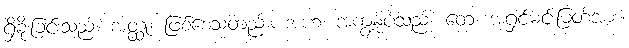
ရှိခိုးခြင်းသည်။ အတ္ထု၊ ဖြစ်စေသတည်း။ အဟံ၊ အကျွန်ုပ်သည်။ တေ၊ အရှင်မင်းမြတ်အား။